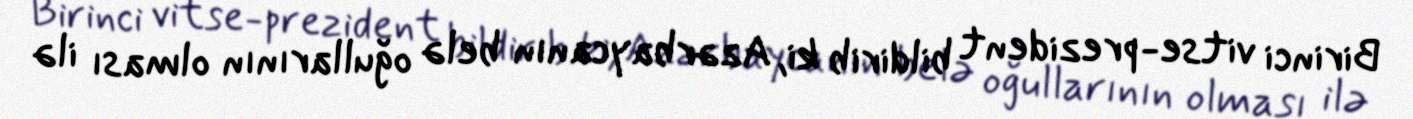
Birinci vitse-prezident bildirib ki, Azərbaycanın belə oğullarının olması ilə